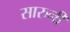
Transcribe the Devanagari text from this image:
सारुनी